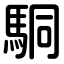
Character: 駉